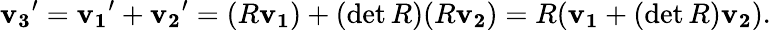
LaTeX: \mathbf{v_{3}}^{\prime}=\mathbf{v_{1}}^{\prime}+\mathbf{v_{2}}^{\prime}=(R\mathbf{v_{1}})+(\operatorname*{det}R)(R\mathbf{v_{2}})=R(\mathbf{v_{1}}+(\operatorname*{det}R)\mathbf{v_{2}}).